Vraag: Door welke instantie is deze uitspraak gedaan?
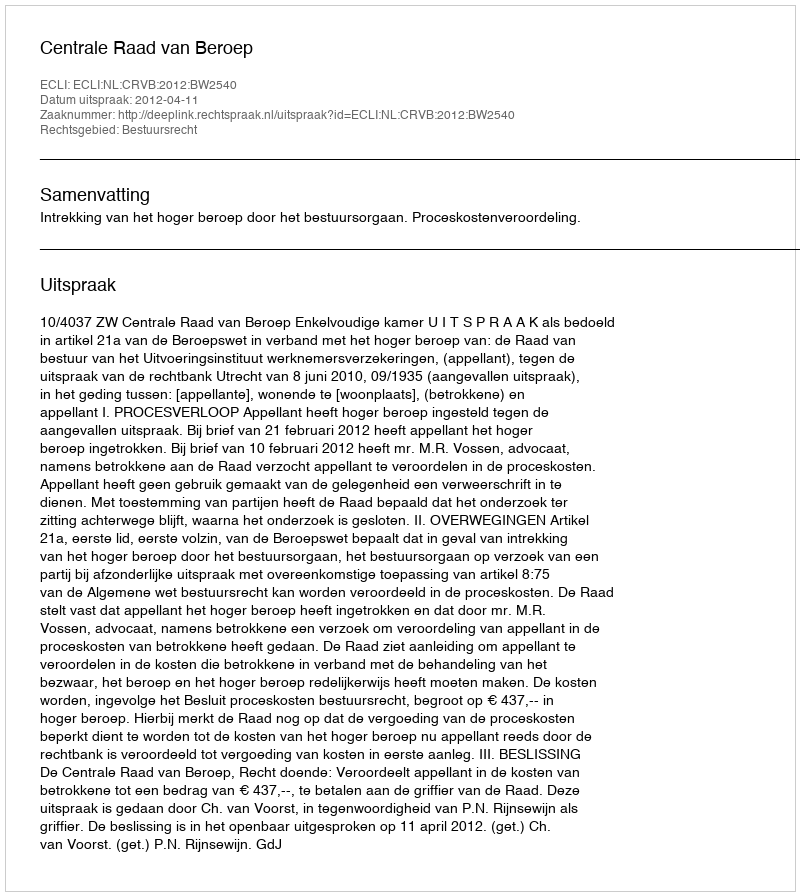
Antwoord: Centrale Raad van Beroep